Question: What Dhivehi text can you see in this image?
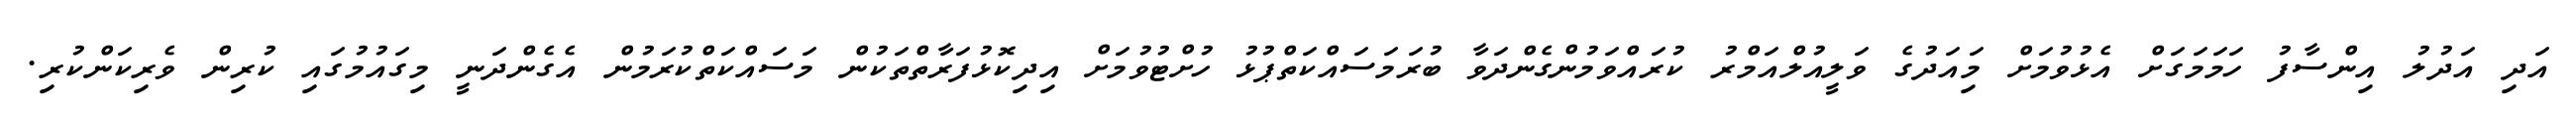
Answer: އަދި އަދުލު އިންސާފު ހަމަމަގަށް އެޅުވުމަށް މިައަދުގެ ވަލީއުލްއަމްރު ކުރައްވަމުންގެންދަވާ ބުރަމަސައްކަތްޕުޅު ހުށްޓުވުމަށް އިދިކޮޅުފަރާތްތަކުން މަސައްކަތްކުރަމުން އެގެންދަނީ މިގައުމުގައި ކުރިން ވެރިކަންކުރި.